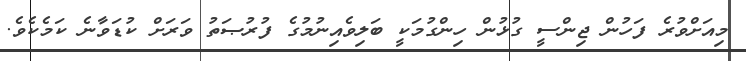
މިއަށްވުރެ ފަހުން ޖިންސީ ގުޅުން ހިންގުމަކީ ބަލިވެއިނުމުގެ ފުރުޞަތު ވަރަށް ކުޑަވާނެ ކަމެކެވެ.